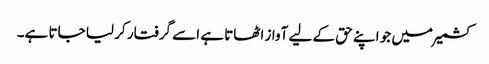
کشمیر میں جو اپنے حق کے لیے آواز اٹھاتا ہے اسے گرفتار کر لیا جاتا ہے۔